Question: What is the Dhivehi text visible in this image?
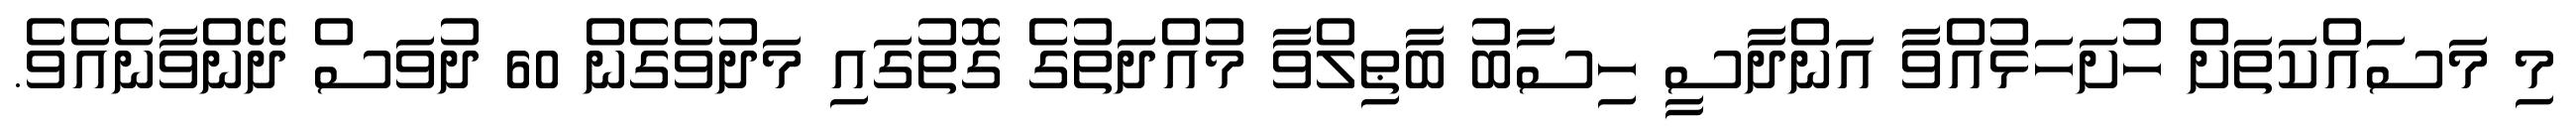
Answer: މި މަސައްކަތަށް ހުށަހަޅުއްވާ އަންދާސީ ހިސާބު ބާޠިލްވާ މުއްދަތުގެ ގޮތުގައި މަދުވެގެން 60 ދުވަސް ދޭންވާނެއެވެ.